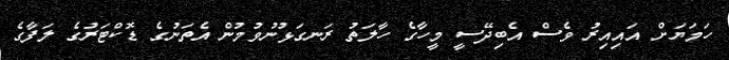
ހަމަޔަށް އައިއިރު ވެސް އެބިދޭސީ މީހާގެ ހާލަތު ރަނގަޅުނުވުމުން އެތަނުގެ ޑޮކްޓަރުގެ ލަފާގެ